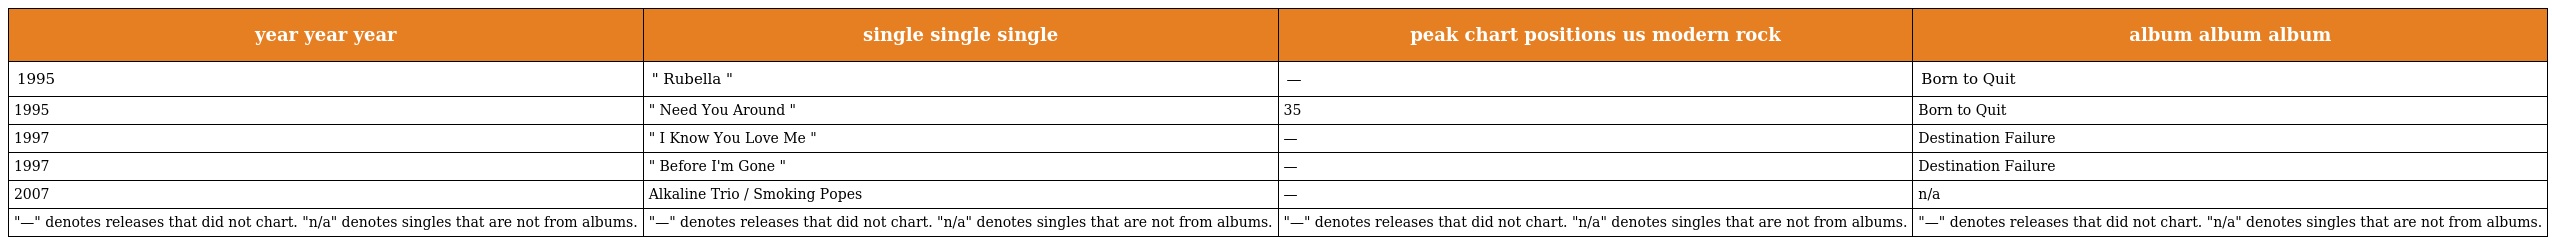
| year year year | single single single | peak chart positions us modern rock | album album album |
 | --- | --- | --- | --- |
 | 1995 | " Rubella " | — | Born to Quit |
 | 1995 | " Need You Around " | 35 | Born to Quit |
 | 1997 | " I Know You Love Me " | — | Destination Failure |
 | 1997 | " Before I'm Gone " | — | Destination Failure |
 | 2007 | Alkaline Trio / Smoking Popes | — | n/a |
 | "—" denotes releases that did not chart. "n/a" denotes singles that are not from albums. | "—" denotes releases that did not chart. "n/a" denotes singles that are not from albums. | "—" denotes releases that did not chart. "n/a" denotes singles that are not from albums. | "—" denotes releases that did not chart. "n/a" denotes singles that are not from albums. |